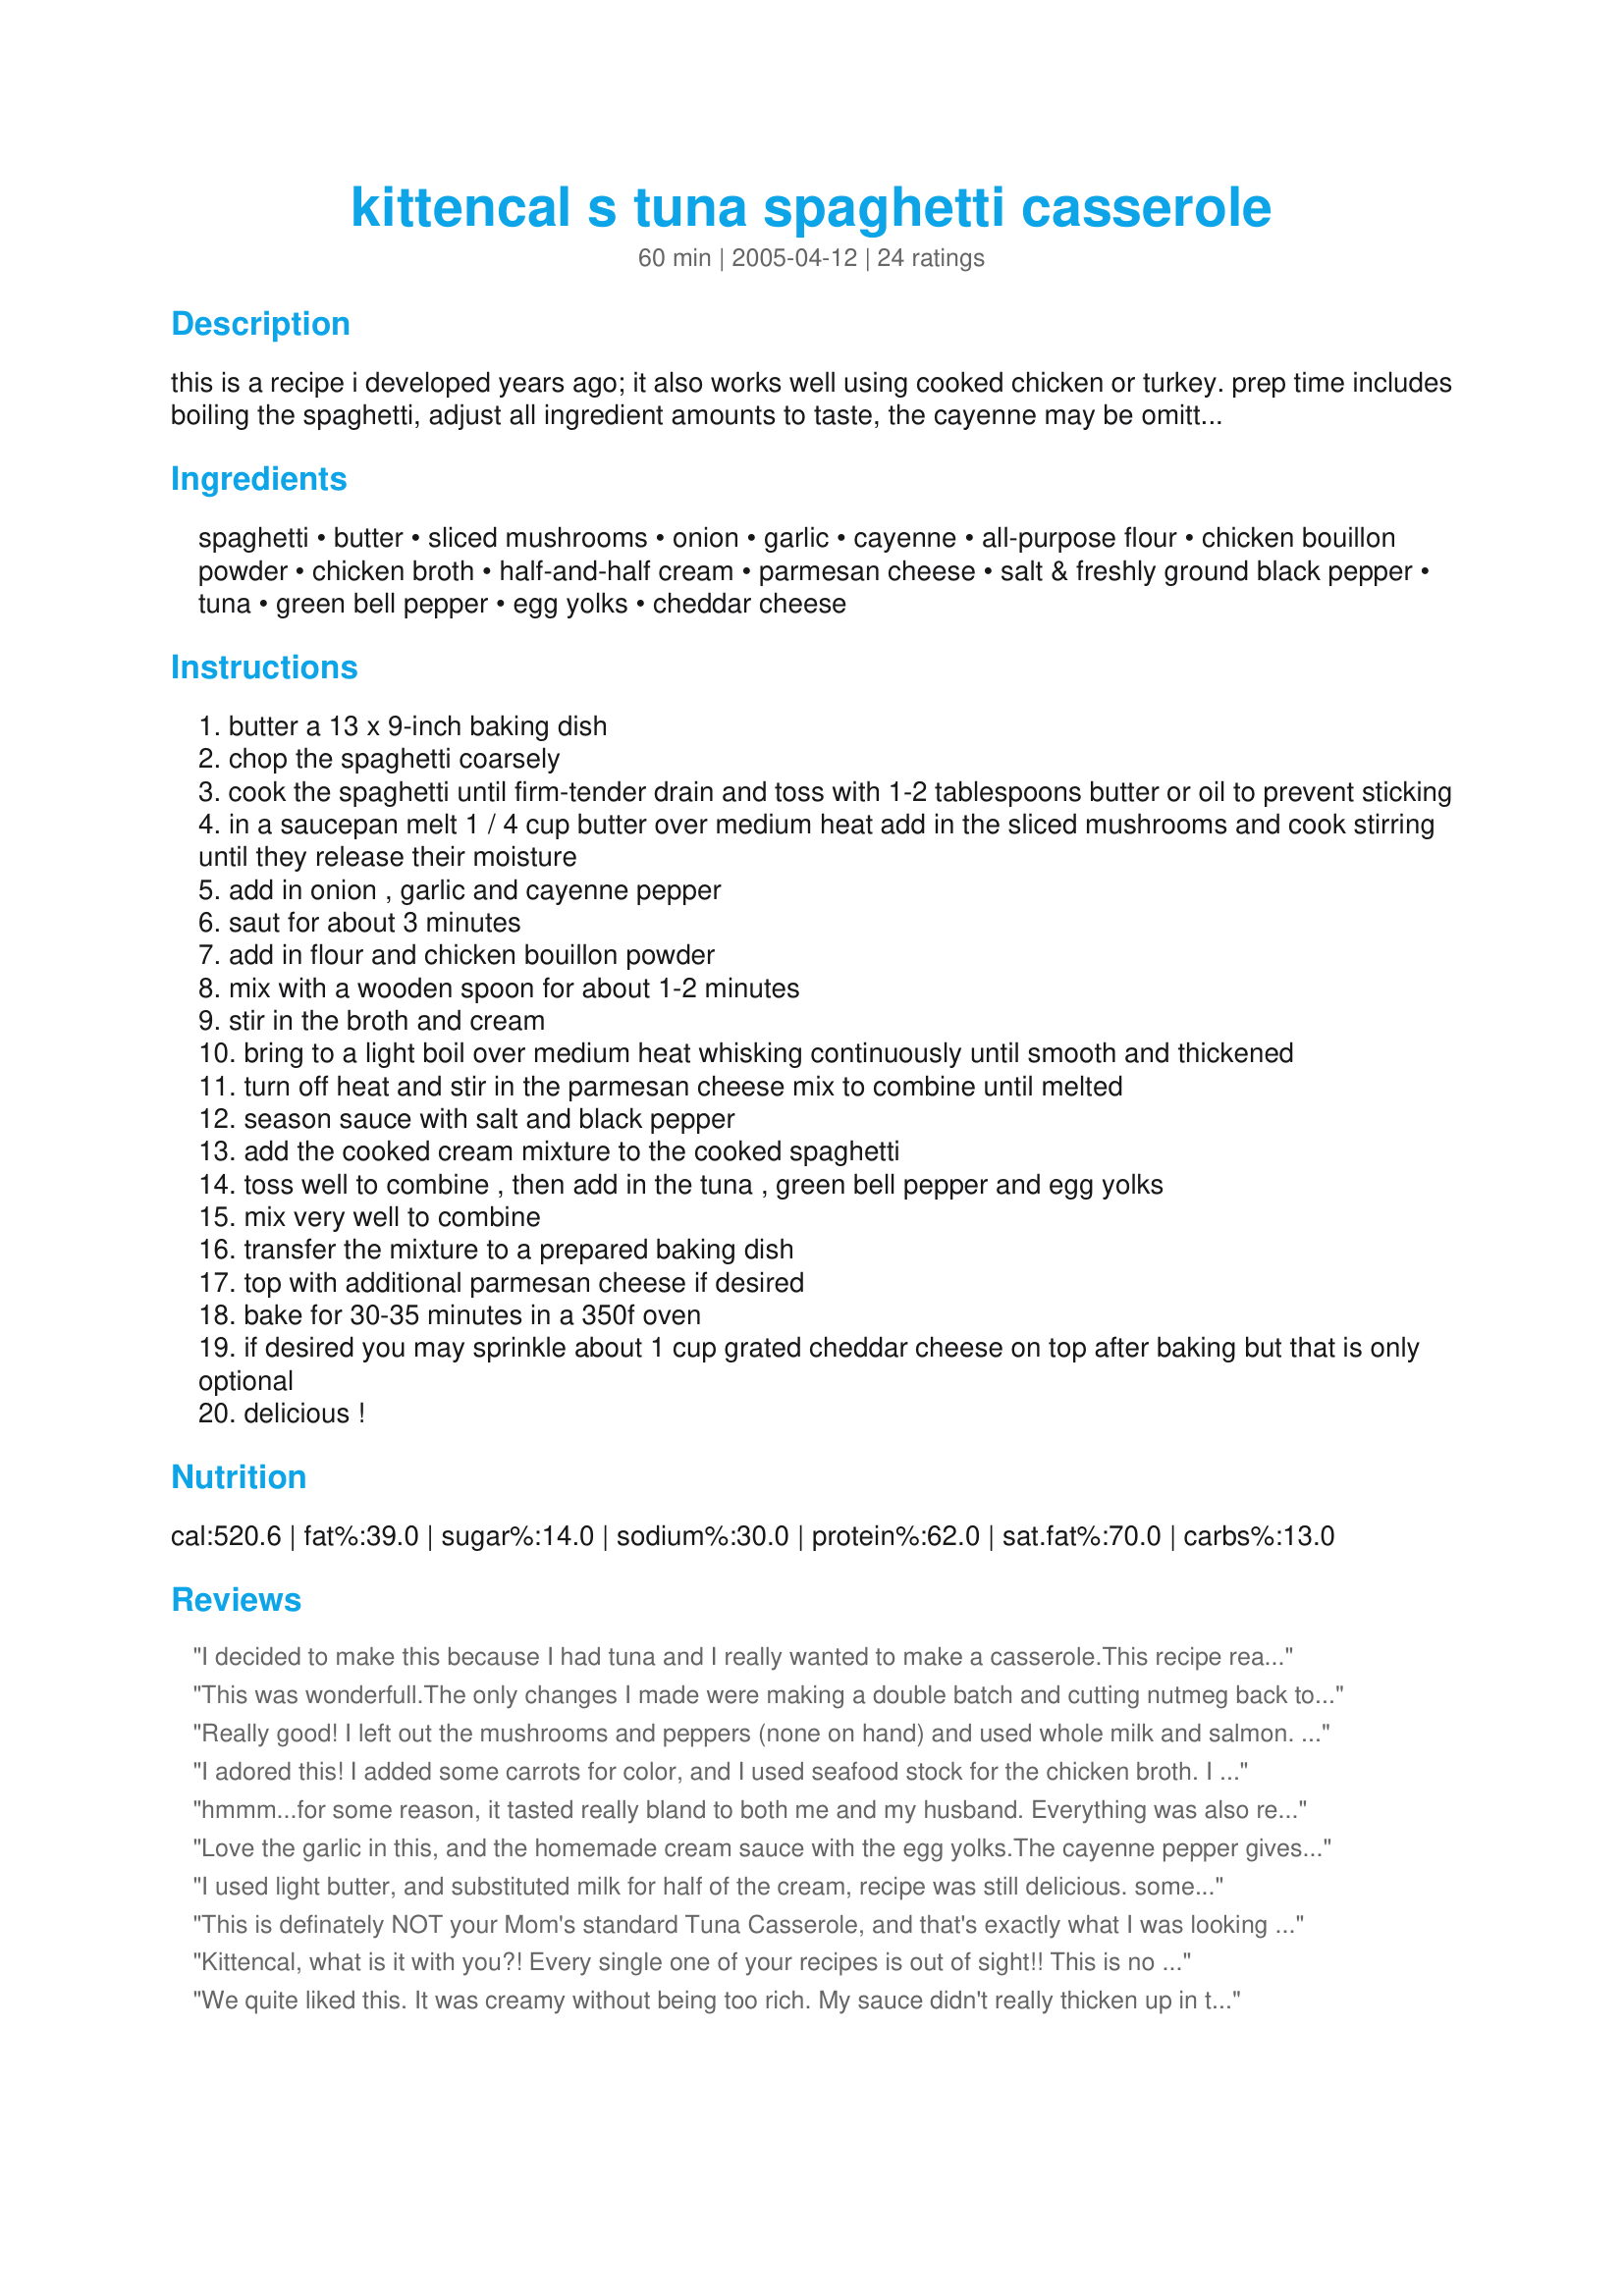
kittencal s tuna spaghetti casserole
Preparation time: 60 minutes

this is a recipe i developed years ago; it also works well using cooked chicken or turkey. prep time includes boiling the spaghetti, adjust all ingredient amounts to taste, the cayenne may be omitted if desired and two cans of sliced drained mushrooms may be substituted for fresh :)

Ingredients:
spaghetti, butter, sliced mushrooms, onion, garlic, cayenne, all-purpose flour, chicken bouillon powder, chicken broth, half-and-half cream, parmesan cheese, salt & freshly ground black pepper, tuna, green bell pepper, egg yolks, cheddar cheese

Steps:
butter a 13 x 9-inch baking dish
chop the spaghetti coarsely
cook the spaghetti until firm-tender drain and toss with 1-2 tablespoons butter or oil to prevent sticking
in a saucepan melt 1 / 4 cup butter over medium heat add in the sliced mushrooms and cook stirring until they release their moisture
add in onion , garlic and cayenne pepper
saut for about 3 minutes
add in flour and chicken bouillon powder
mix with a wooden spoon for about 1-2 minutes
stir in the broth and cream
bring to a light boil over medium heat whisking continuously until smooth and thickened
turn off heat and stir in the parmesan cheese mix to combine until melted
season sauce with salt and black pepper
add the cooked cream mixture to the cooked spaghetti
toss well to combine , then add in the tuna , green bell pepper and egg yolks
mix very well to combine
transfer the mixture to a prepared baking dish
top with additional parmesan cheese if desired
bake for 30-35 minutes in a 350f oven
if desired you may sprinkle about 1 cup grated cheddar cheese on top after baking but that is only optional
delicious !

Reviews:
I decided to make this because I had tuna and I really wanted to make a casserole.This recipe really worked.It tasted really yummy.Comfort food.My kids hate tuna and they all ate 2 helpings of this!!!! A great way to disguise the tuna! I served it with homemade bread and a spinach salad.Thanks for a great take on a classic dish.
This was wonderfull.The only changes I made were making a double batch and cutting nutmeg back to one tsp.Next time I will cut back cayene for the kids and cut the nutmeg a little more.I also added diced pepper to sauce at the end of cooking it to soften up for a few then cooked casserole in the microwave.Thanks
Really good! I left out the mushrooms and peppers (none on hand) and used whole milk and salmon. Really like the homemade soup/sauce base - I try to avoid msg, and most &quot;cream of&quot; canned soups are full of it! This is a great alternative.
I adored this! I added some carrots for color, and I used seafood stock for the chicken broth. I also added breadcrumbs to the top of it. The sauce alone was marvelous.
hmmm...for some reason, it tasted really bland to both me and my husband. Everything was also really soft. We needed something to bite into or squish into. I tried using Tabasco...but that didn't help either. I made two casseroles; one for dinner and one for later. When we're ready to eat the second one, I'll probably add some more salt & pepper as well as some peas, more bell peppers & onion.
Love the garlic in this, and the homemade cream sauce with the egg yolks.The cayenne pepper gives it a very mild but nice little kick. I cooked the green peppers with the mushrooms onion and garlic so they would soften up. Really unique and flavorful tuna casserole. I always trust Kittencal&#039;s recipes!
I used light butter, and substituted milk for half of the cream, recipe was still delicious. some further changes were that i also lightly sauteed the mushrooms and pepper before baking. i also used red pepper instead of green, since that's what DH prefers. we like nutmeg, but for those who are sitting on the fence: note that the taste of the nutmeg comes through quite pungently (we could have done with less ourselves), so one might want to moderate that. other than that, this delicious comfort fare.
This is definately NOT your Mom's standard Tuna Casserole, and that's exactly what I was looking for when I came across this recipe. The flavor of the cayenne pepper and nutmeg really add to the unique and wonderful flavor of this dish. The only change I made was using 1/2 cup red bell pepper instead of green (personal preference) and since I didn't have fresh parsley I added about 2 teaspoons dry parsley to the sauce. Both my husband and I really enjoyed this and will be making it again. I served it with a simple salad and garlic bread. Perfect!
Kittencal, what is it with you?! Every single one of your recipes is out of sight!! This is no exception....a just about perfect tuna noodle casserole using no canned and processed cream of whatever soup. Just tell me when you open up your restaurant, I&#039;ll be banging down the door......
We quite liked this. It was creamy without being too rich. My sauce didn't really thicken up in the saucepan but soon became nice and thick during baking. Nice seasonings as well. I would maybe recommend covering this during baking if you don't add extra cheese on top because the spaghetti can dry out towards the end. Also, I'm not sure this would have served six people. It seemed more like enough for four people, served with a salad or garlic bread (not really enough for seconds).
Wow! Great stuff. I doubled it and I'm glad. The leftovers will be great. I used Olivo margarine instead of butter and evaporated skim milk instead of cream. Came out beautifully. Oh, and I didn't use as much nutmeg as specified cuz I'm not that fond of it. Great recipe that I will keep. Thanks!
My 6 year old isn't a fan of tuna, but I really wanted to try this recipe. He pretended he didn't like it, as he ate every bite! I think the mushrooms really won him over...he loves them! I did make one mistake, my pepper was red instead of green and I sauteed it with the onion and mushrooms instead of stirring it in with the tuna and egg yolks. It was still wonderful! The homemade sauce sets this apart from other recipes, and will be my favorite from now on. Even my 3 year old said...I give it 5! Served with recipe#159750 and recipe#174438. Thanks again Kitten!
This did not turn out well for me. I actually smelled strange before I added the tuna. Would not make this again.
Very yummy! I used a can of salmon in place of one of the cans of tuna because that's all I had. Turned out fine-tasted great! BTW...I didn't have any HALF and HALF either so I searched online for a substitution. It worked! I used 1 cup of nonfat milk (minus 2 TBS) + 1 1/2 TBS melted butter. This recipe is very forgiving! Thanks as usual Kittencal! Keep 'em coming!
Great "must go" receipe. A "must go" is when you clear out the fridge and pantry of things that "must go" or spoil. I had leftover spahetti and not much else, so searched and found this recipe. Didn't have several other ingredients such as peppers or mushrooms, so substituted 2-3 T of capers and 1/4 C chopped flat leaf parsley for something crunchy and green. Husband isn't a fan of nutmeg, so I left that out and only used a hot paprika for a smoky spice and didn't use cayenne. Used only the parmesan cheese in the recipe and did sprinkle a little on top that browned nicely. Also forgot egg yolks and glad I did--turned out great. We almost polished off a 9x13 pan with 4 adults and a 6 year old (who did pick out the capers...). This base recipe would be great for chicken and frozen mixed veggies for a "noodle pot pie" or salmon and peppers. A keeper for sure. Thanks!
I made a variation of this. I didn't do the egg yolks as I didn't want it to be as stodgy as it looks in the picture. I also sautÃ©ed the peppers with the mushrooms. I added buttered breadcrumbs to the top before baking and added chopped parsley and chives (both fresh) to the veloute. I am not a fan of canned tuna at all, but have to say this was excellent. Kids really enjoyed it too. Will definitely make this again. Thank you!
We thought this was really delicious! I used 2% milk, tabasco for the cayenne, angel hair pasta and went the parmesan route. Best tuna casserole I've ever had.
Served with salad and garlic bread. Froze half for another day....can't wait. Thanks for posting!
This was quite delicious. I used only 1/2 cup 1/2&1/2 and increased the chicken stock accordingly. I used homemade excellent stock, so I think that helped. It still turned out very creamy and nice. I skipped the nutmeg, but did use a pinch of red pepper. THis is a winner and I will be adding it to my regular rotation, thank you for sharing!
Comfort food at it's very best. Didn't have the mushrooms, used extra onions and peppers. Turned out great. Thanks Kittencal!!!!!
This dish was really good. I sauted fine chopped carrot, celery, onion, mushroom, and garlic. To the cream soup part, I added a little bit of curry powder (just for something a bit diffrent). I didn't add the eggs, and I topped with a seasoned breadcrumb mixture. My family, who usually hates casserole enjoyed this very much. Maybe next time I'll try it with shrimp instead of tuna. Thanks for the great recipe.
Edited to say: I made another batch for the kids and husband to try out and it was enjoyed be all! Nobody seemed to notice there was tuna in it. My son even asked for a second helping. This is the best tuna casserole I've ever eaten. Thanks so much, Kittencal! Roxygirl — Feb 9, 2006
I liked it, but my hubby LOVED it! I give it a 4 because my son..who hates pasta, ate it up! Two days in a ROW!!! But i couldnt give it a 5 as it was a little watery, and not as solid as I expected.I did my own thing, as I usually do...I didnt use parmesean, but did use cheddar cheese. i added peas and corn. I did not use half and half, which is probably why it wasn't as solid. Tasty, and I will be making again!
I had plans on making an entirely different pasta dinner, but was unable to buy raw prawns..so came home searched on Zaar and came across this..so glad I did!
I used the cayenne and added two 180 gm cans of tuna.
Lovely and creamy with great flavours.
Thanks for sharing.
there are not enough words or stars for this recipe, well it's from Kitten so it has to be the best of coarse, all your recipes are, this casserole is simpley outstanding, thank you Kit.
